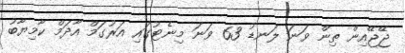
ޖޭޖޭއިން ތިން ވަނަ ލަނޑު 63 ވަނަ މިނެޓުގައި އަރުގަމް އާދަމް ކާމިޔާބު